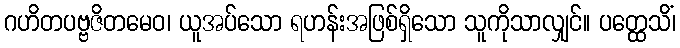
ဂဟိတပဗ္ဗဇိတမေဝ၊ ယူအပ်သော ရဟန်းအဖြစ်ရှိသော သူကိုသာလျှင်။ ပတ္ထေသိံ၊